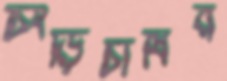
চিংড়িচাষির